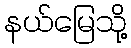
နယ်မြေသို့